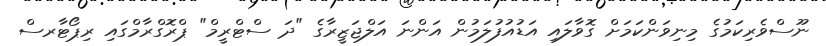
ނޫސްވެރިކަމުގެ މިނިވަންކަމަށް ގޮވާލައި އަޑުއުފުލަމުން އަންނަ އަލްޖަޒީރާގެ "ދަ ސްޓްރީމް" ޕްރޮގްރާމްގައި ރިޕޯޓާރސް